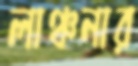
লাঞ্চনার